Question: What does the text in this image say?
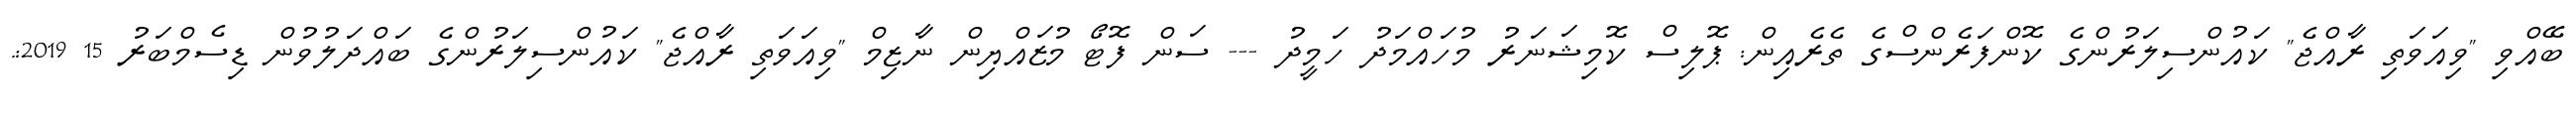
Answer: ބޭއްވި "ވިއަވަތި ރާއްޖެ" ކައުންސިލަރުންގެ ކޮންފަރެންސްގެ ތެރެއިން: ޕޮލިސް ކޮމިޝަނަރު މުހައްމަދު ހަމީދު --- ސަން ފޮޓޯ މުޒައްޔިން ނާޒިމް "ވިއަވަތި ރާއްޖެ" ކައުންސިލަރުންގެ ބައްދަލުވުން ޑިސެމްބަރު 15 2019:.